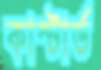
কাস্টার্ড